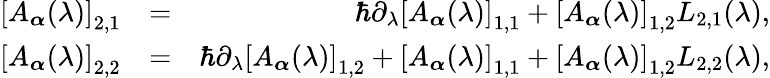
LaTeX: \begin{array}{rlr}{\left[A_{\boldsymbol{\alpha}}(\lambda)\right]_{2,1}}&{=}&{\hbar\partial_{\lambda}\left[A_{\boldsymbol{\alpha}}(\lambda)\right]_{1,1}+\left[A_{\boldsymbol{\alpha}}(\lambda)\right]_{1,2}L_{2,1}(\lambda),}\\ {\left[A_{\boldsymbol{\alpha}}(\lambda)\right]_{2,2}}&{=}&{\hbar\partial_{\lambda}\left[A_{\boldsymbol{\alpha}}(\lambda)\right]_{1,2}+\left[A_{\boldsymbol{\alpha}}(\lambda)\right]_{1,1}+\left[A_{\boldsymbol{\alpha}}(\lambda)\right]_{1,2}L_{2,2}(\lambda),}\end{array}